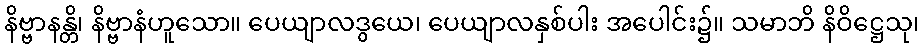
နိဗ္ဗာနန္တိ၊ နိဗ္ဗာနံဟူသော။ ပေယျာလဒွယေ၊ ပေယျာလနှစ်ပါး အပေါင်း၌။ သမာဘိ နိဝိဋ္ဌေသု၊